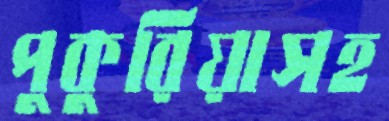
পুকুরিয়াসহ